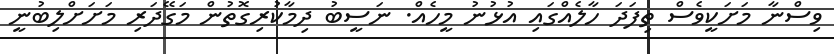
ވިސްނާ މަށަކީވެސް ތިފަދަ ހާލެއްގައި އުޅުނު މީހެއް. ނަސީބު ދިމާކުރިގޮތުން މަގޭދަރި މަށަށްލިބުނީ